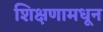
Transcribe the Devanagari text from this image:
शिक्षणामधून